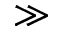
\gg